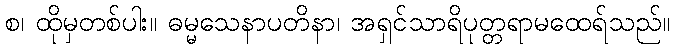
စ၊ ထိုမှတစ်ပါး။ ဓမ္မသေနာပတိနာ၊ အရှင်သာရိပုတ္တရာမထေရ်သည်။